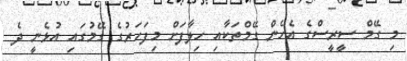
މި ގޭމް ސީރީސްގެ އެހެން ގޭމްތަކާއި ހިލާފަށް މިފަހަރުގެ ގޭމުގައި އުޅެނީ ދެ